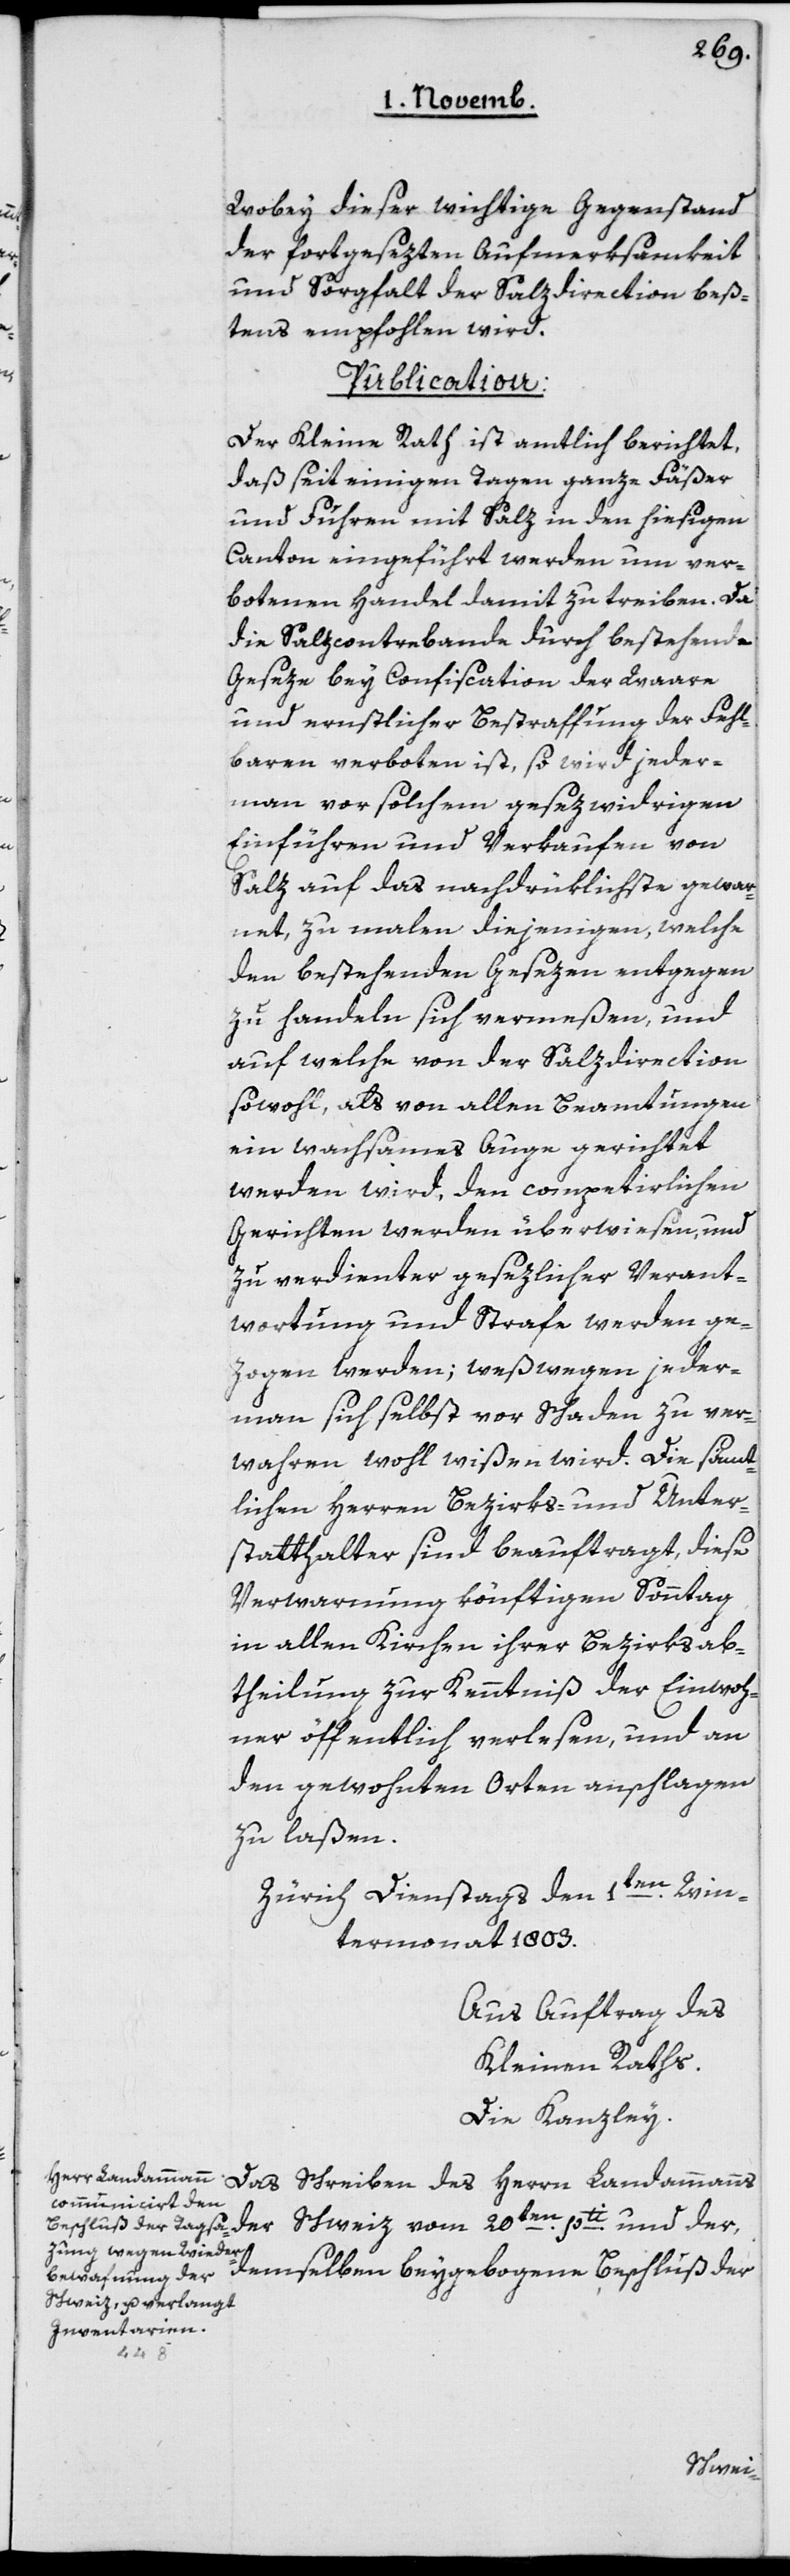
Wobey dieser wichtige Gegenstand
der fortgesezten Aufmerksamkeit
und Sorgfalt der Salzdirection beß¬
tens empfohlen wird.
Publication:
Der Kleine Rath ist amtlich berichtet,
daß seit einigen Tagen ganze Fäßer
und Fuhren mit Salz in den hiesigen
Canton eingeführt werden um ver¬
botenen Handel damit zu treiben. Da
die Salzconterbande durch bestehende
Geseze bey Confiscation der Waare
und ernstlicher Bestraffung der Fehl¬
baren verboten ist, so wird jeder¬
mann vor solchem gesezwidrigen
Einführen und Verkaufen von
Salz auf das nachdrüklichste gewar¬
net, zumalen diejenigen, welche
den bestehenden Gesezen entgegen
zu handeln sich vermeßen, und
auf welche von der Salzdirection
sowohl, als von allen Beamtungen
ein wachsames Auge gerichtet
werden wird, den competirlichen
Gerichten werden überwiesen, und
zu verdienter gesezlicher Verant¬
wortung und Strafe werden ge¬
zogen werden; weßwegen jeder¬
mann sich selbst vor Schaden zu ver¬
wahren wohl wißen wird. Die sämt¬
lichen Herren Bezirks- und Unter¬
statthalter sind beauftragt, diese
Verwarnung könftigen Sonntag
in allen Kirchen ihrer Bezirksab¬
theilung zur Kenntniß der Einwoh¬
ner öffentlich verlesen, und an
den gewohnten Orten anschlagen
zu laßen.
Zürich Dienstags den 1ten Win¬
termonat 1803.
Aus Auftrag des
Kleinen Raths:
Die Kanzley.
pti und der, demselben beygebogene Beschluß der
ben des
Schweiz